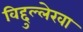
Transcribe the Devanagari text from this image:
विद्दुल्लेखा